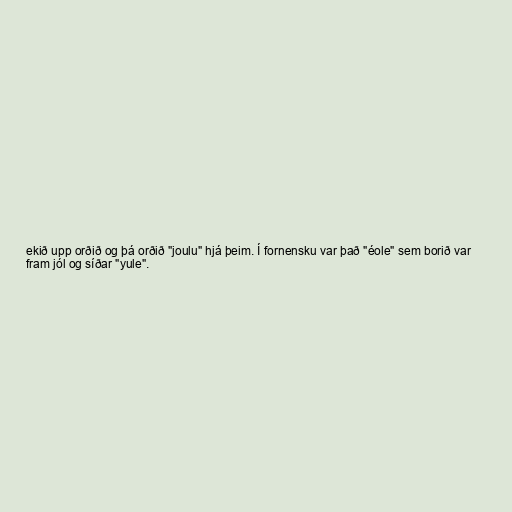
ekið upp orðið og þá orðið "joulu" hjá þeim. Í fornensku var það "éole" sem borið var
fram jól og síðar "yule".